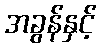
အခွန်နှင့်